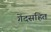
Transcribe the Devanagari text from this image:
गेंदसहित